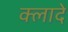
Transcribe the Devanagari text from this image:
क्लादे